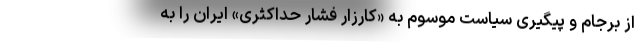
از برجام و پیگیری سیاست موسوم به «کارزار فشار حداکثری» ایران را به